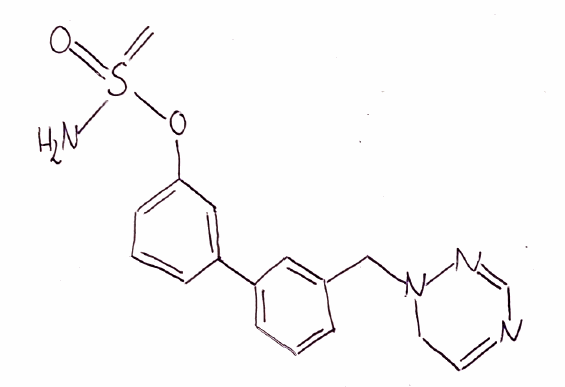
Simplified molecular-input line-entry system (SMILES) notation of the given molecule:
C=S(=O)(N)OC1=CC=CC(=C1)C2=CC=CC(=C2)CN3CC=NC=N3